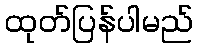
ထုတ်ပြန်ပါမည်